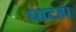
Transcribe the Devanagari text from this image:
घाटहा